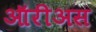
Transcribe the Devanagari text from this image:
ऑरीअस